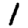
Digit: 1